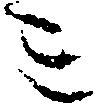
ミ